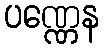
ပဏ္ဏေန